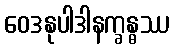
ဝေဒနုပါဒါနက္ခန္ဓဿ